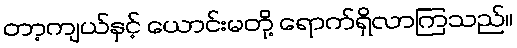
တာ့ကျယ်နှင့် ယောင်းမတို့ ရောက်ရှိလာကြသည်။